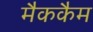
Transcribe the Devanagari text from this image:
मैककैम